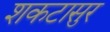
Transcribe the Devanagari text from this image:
शकटासुर